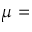
\mu =